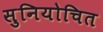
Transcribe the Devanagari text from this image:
सुनियोचित